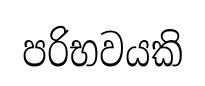
පරිභවයකි